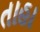
તાહા